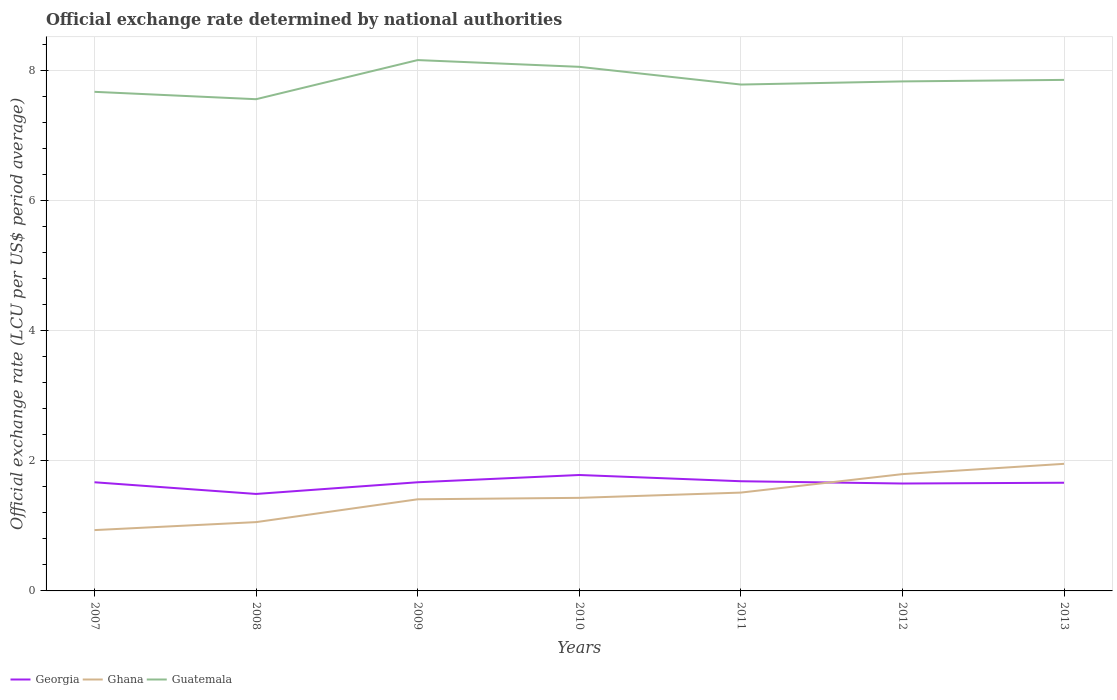
| Years | Georgia | Ghana | Guatemala |
 | --- | --- | --- | --- |
 | 2007 | 1.67 | 0.935 | 7.67 |
 | 2008 | 1.49 | 1.06 | 7.56 |
 | 2009 | 1.67 | 1.41 | 8.16 |
 | 2010 | 1.78 | 1.43 | 8.06 |
 | 2011 | 1.69 | 1.51 | 7.79 |
 | 2012 | 1.65 | 1.8 | 7.83 |
 | 2013 | 1.66 | 1.95 | 7.86 |